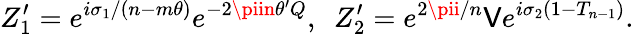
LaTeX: Z_{1}^{\prime}=e^{i\sigma_{1}/(n-m\theta)}e^{-2\piin\theta^{\prime}Q},~~Z_{2}^{\prime}=e^{2\pii/n}\mathsf{V}e^{i\sigma_{2}(1-T_{n-1})}.